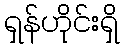
ရှန်ဟိုင်းရှိ